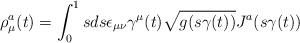
LaTeX: \begin{align*}\rho_{\mu}^{a}(t)=\int_{0}^{1}sds\epsilon_{\mu\nu}\gamma^{\mu}(t)\sqrt{g(s\gamma(t))}J^{a}(s\gamma(t))\end{align*}